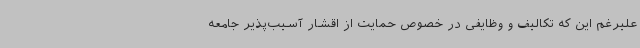
علیرغم این که تکالیف و وظایفی در خصوص حمایت از اقشار آسیب‌پذیر جامعه